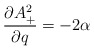
\begin{align*}\frac{\partial A_+^2}{\partial q}=-2\alpha\end{align*}